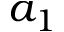
a _ { 1 }